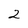
Character: 2